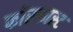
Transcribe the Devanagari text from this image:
फॉरकास्ट